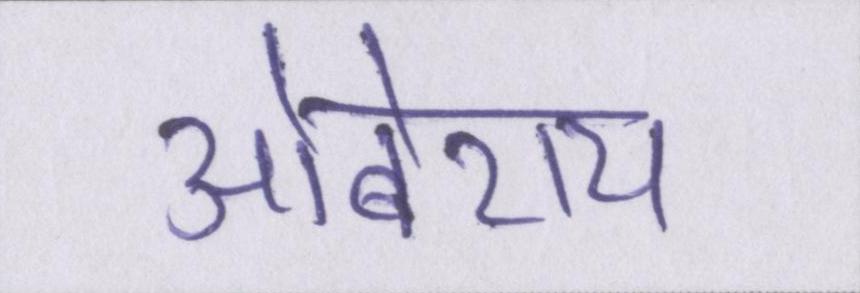
ओबेराय